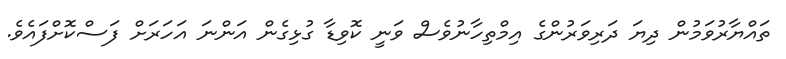
ތައްޔާރުވަމުން ދިޔަ ދަރިވަރުންގެ އިމްތިހާނުވެސް ވަނީ ކޮވިޑާ ގުޅިގެން އަންނަ އަހަރަށް ފަސްކޮށްފައެވެ.